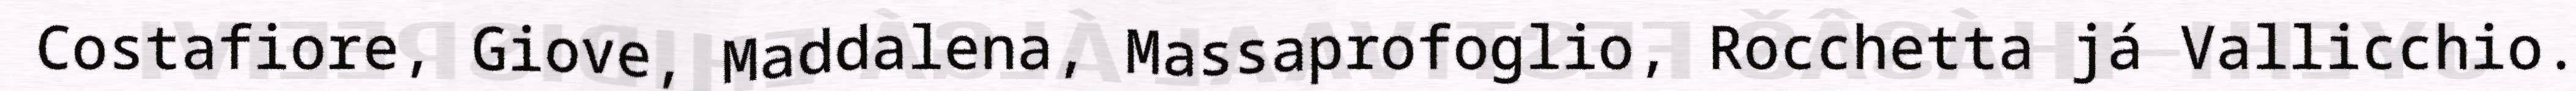
Costafiore, Giove, Maddalena, Massaprofoglio, Rocchetta já Vallicchio.